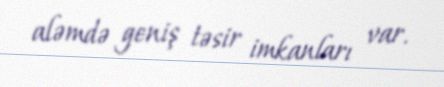
aləmdə geniş təsir imkanları var.